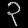
Digit: ၃